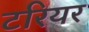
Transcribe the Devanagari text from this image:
टरियर